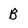
Character: B